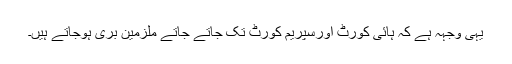
یہی وجہہ ہے کہ ہائی کورٹ اورسپریم کورٹ تک جاتے جاتے ملزمین بری ہوجاتے ہیں۔